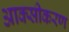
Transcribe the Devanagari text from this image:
आक्‍सीकरण